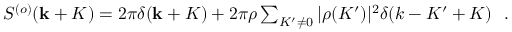
\begin{array} { r } { S ^ { ( o ) } ( { \bf k } + { \cal K } ) = 2 \pi \delta ( { \bf k } + { \cal K } ) + 2 \pi \rho \sum _ { { \cal K } ^ { \prime } \neq 0 } | \rho ( { \cal K } ^ { \prime } ) | ^ { 2 } \delta ( k - { \cal K } ^ { \prime } + { \cal K } ) ~ ~ . } \end{array}